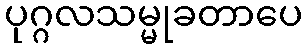
ပုဂ္ဂလသမ္မုခတာပေ